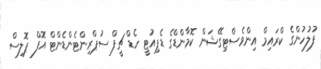
ފުލުހުންގެ ކްރައިމް އިންވެސްޓިގޭޝަން ކޮމާންޑްގެ ޑެޕިއުޓީ ހެޑް ޗީފް ސުޕްރިންޓެންޑެންޓް އޮފް ޕޮލިސް